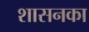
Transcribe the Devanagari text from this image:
शासनका